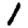
Digit: 1